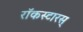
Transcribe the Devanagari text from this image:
रॉकस्टारस्